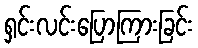
ရှင်းလင်းပြောကြားခြင်း